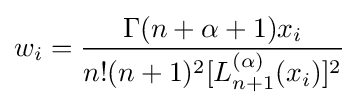
w_{i}={\frac {\Gamma (n+\alpha +1)x_{i}}{n!(n+1)^{2}[L_{n+1}^{(\alpha )}(x_{i})]^{2}}}